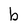
Character: b